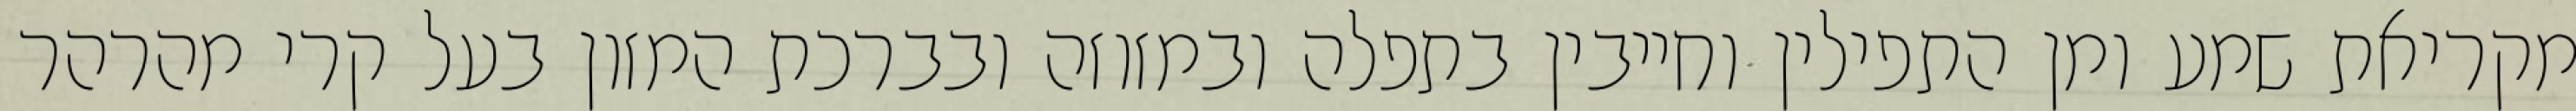
מקריאת שמע ומן התפילין וחייבין בתפלה ובמזוזה ובברכת המזון בעל קרי מהרהר